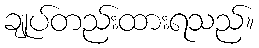
ချုပ်တည်းထားရသည်။